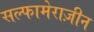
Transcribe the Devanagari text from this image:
सल्फामेराज़ीन